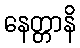
နေတ္တာနိ